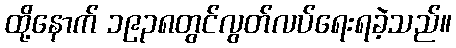
ထို့နောက် ၁၉၃၈တွင်လွတ်လပ်ရေးရခဲ့သည်။